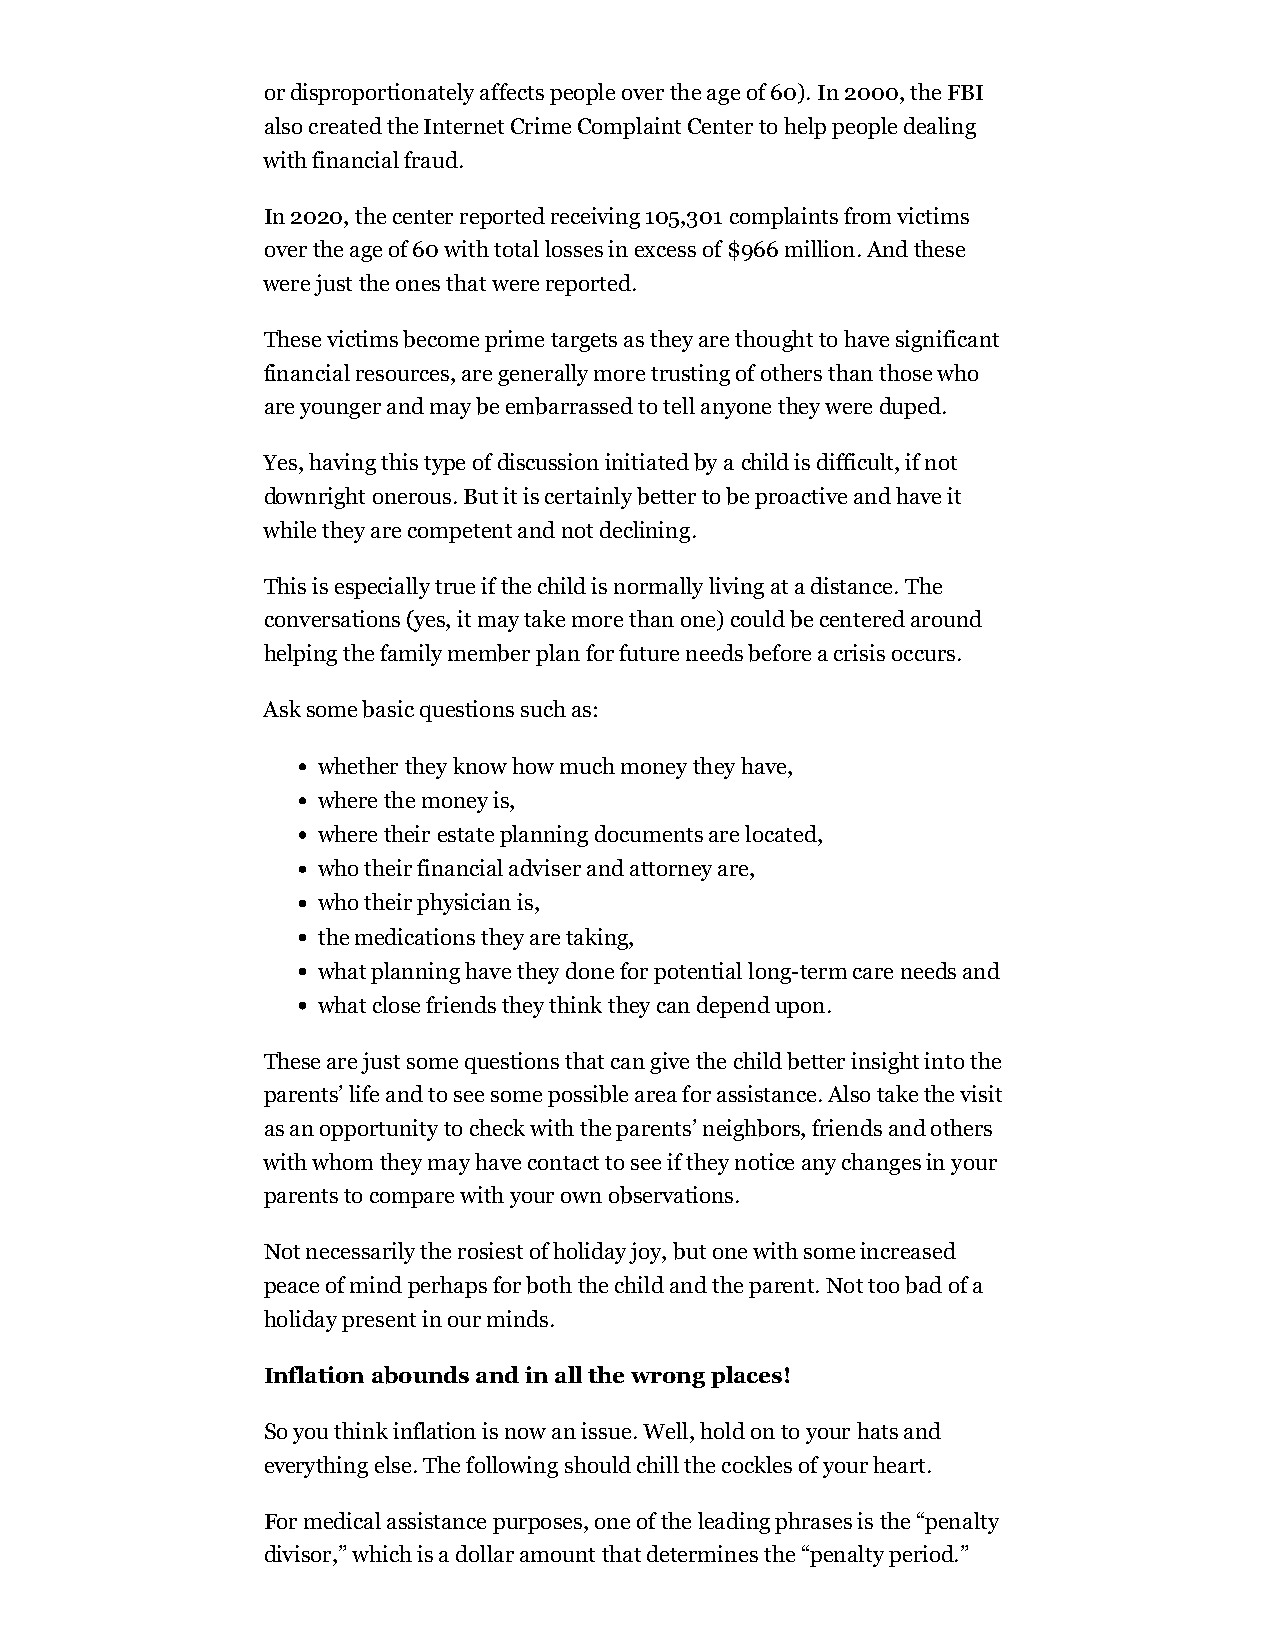
or disproportionately affects people over the age of 60). In 2000, the FBI
 also created the Internet Crime Complaint Center to help people dealing
 with financial fraud.
 In 2020, the center reported receiving 105,301 complaints from victims
 over the age of 60 with total losses in excess of $966 million. And these
 were just the ones that were reported.
 These victims become prime targets as they are thought to have significant
 financial resources, are generally more trusting of others than those who
 are younger and may be embarrassed to tell anyone they were duped.
 Yes, having this type of discussion initiated by a child is difficult, if not
 downright onerous. But it is certainly better to be proactive and have it
 while they are competent and not declining.
 This is especially true if the child is normally living at a distance. The
 conversations (yes, it may take more than one) could be centered around
 helping the family member plan for future needs before a crisis occurs.
 Ask some basic questions such as:
 whether they know how much money they have,
 where the money is,
 where their estate planning documents are located,
 who their financial adviser and attorney are,
 who their physician is,
 the medications they are taking,
 what planning have they done for potential long-term care needs and
 what close friends they think they can depend upon.
 These are just some questions that can give the child better insight into the
 parents’ life and to see some possible area for assistance. Also take the visit
 as an opportunity to check with the parents’ neighbors, friends and others
 with whom they may have contact to see if they notice any changes in your
 parents to compare with your own observations.
 Not necessarily the rosiest of holiday joy, but one with some increased
 peace of mind perhaps for both the child and the parent. Not too bad of a
 holiday present in our minds.
 Inflation abounds and in all the wrong places!
 So you think inflation is now an issue. Well, hold on to your hats and
 everything else. The following should chill the cockles of your heart.
 For medical assistance purposes, one of the leading phrases is the “penalty
 divisor,” which is a dollar amount that determines the “penalty period.”